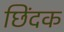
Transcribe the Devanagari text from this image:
छिंदक